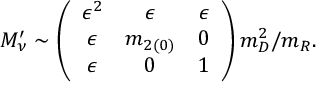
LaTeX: M _ { \nu } ^ { \prime } \sim \left( \begin{array} { c c c } { { \epsilon ^ { 2 } } } & { { \epsilon } } & { { \epsilon } } \\ { { \epsilon } } & { { m _ { 2 ( 0 ) } } } & { { 0 } } \\ { { \epsilon } } & { { 0 } } & { { 1 } } \end{array} \right) m _ { D } ^ { 2 } / m _ { R } .